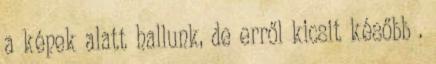
a képek alatt hallunk, de erről kicsit később .